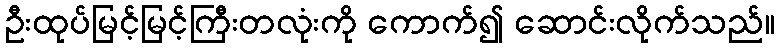
ဦးထုပ်မြင့်မြင့်ကြီးတလုံးကို ကောက်၍ ဆောင်းလိုက်သည်။